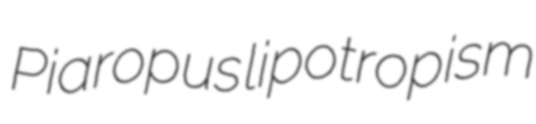
Piaropus lipotropism